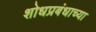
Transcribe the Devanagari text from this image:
शोधप्रबंधाच्या